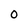
Character: O